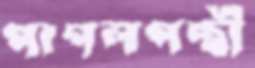
পাগলপন্থী